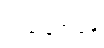
အခြေအနေ